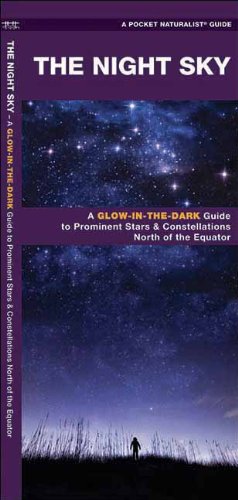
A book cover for The Night Sky: A Glow-in-the-Dark Guide to Prominent Stars & Constellations North of the Equator (Pocket Naturalist Guide Series); James Kavanagh; Science & Math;